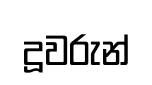
දූවරුන්